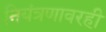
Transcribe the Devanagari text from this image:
नियंत्रणावरही